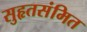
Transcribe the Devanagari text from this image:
सुहृतसंमित